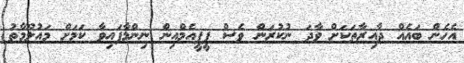
އެހެން ބައެއް ދާއިރާތަކަށް ވާދަ ނުކުރަން ވެސް ޕީޕީއެމްއިން ނިންމާފައިވާ ކަމަށް މައުލޫމާތު